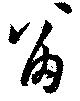
留